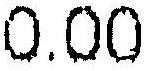
0.00